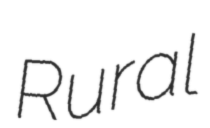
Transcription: Rural